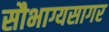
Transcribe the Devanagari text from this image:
सौभाग्यसागर